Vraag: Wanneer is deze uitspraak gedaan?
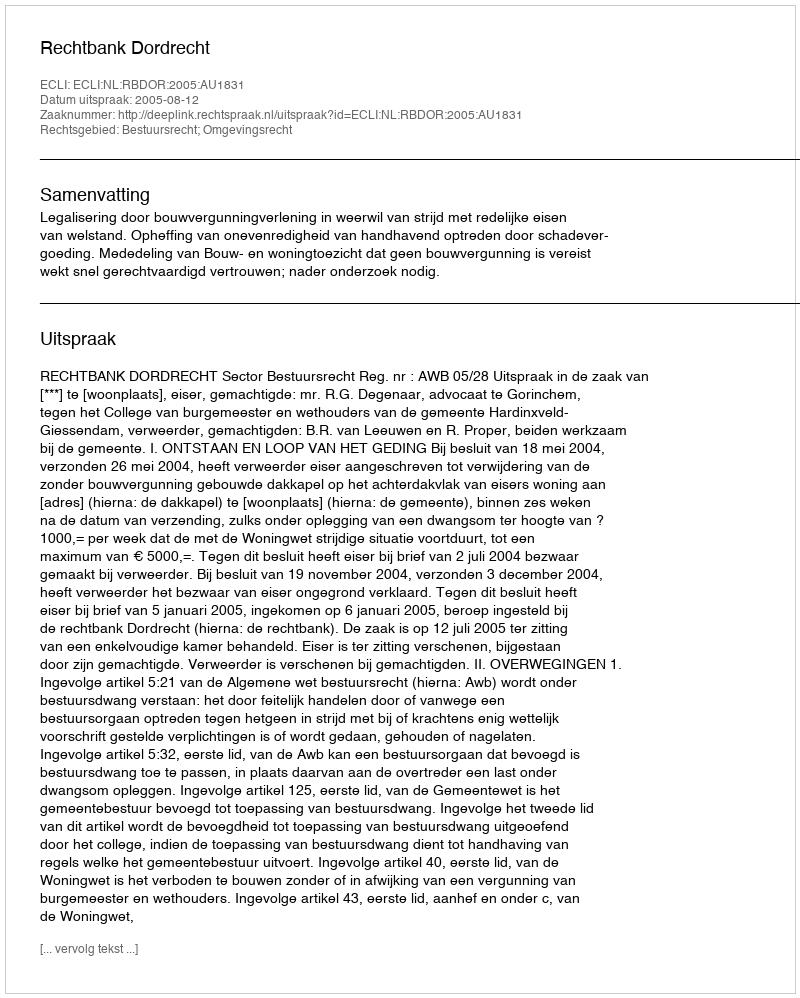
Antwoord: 2005-08-12